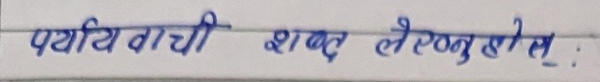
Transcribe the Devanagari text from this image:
पर्यायवाची शब्द लेख्नु होस् :